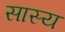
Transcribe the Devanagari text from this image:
सास्य